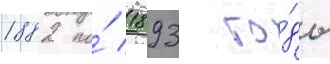
1882 по́ 1893 го́ды